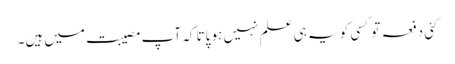
کئی دفعہ تو کسی کو یہ ہی علم نہیں ہو پاتا کہ آپ مصیبت میں ہیں۔